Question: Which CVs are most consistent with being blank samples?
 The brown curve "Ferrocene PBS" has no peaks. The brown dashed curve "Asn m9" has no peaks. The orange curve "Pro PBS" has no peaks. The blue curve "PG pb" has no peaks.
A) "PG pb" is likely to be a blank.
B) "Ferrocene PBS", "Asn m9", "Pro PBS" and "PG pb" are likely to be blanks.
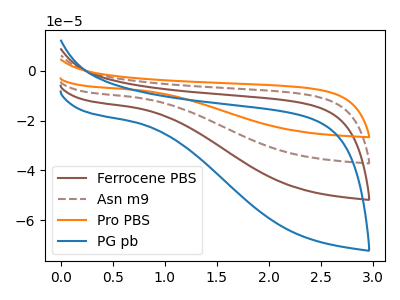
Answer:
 <answer>B) "Ferrocene PBS", "Asn m9", "Pro PBS" and "PG pb" are likely to be blanks.</answer>
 <eval>B</eval>